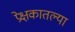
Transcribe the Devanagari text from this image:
प्रेक्षकातल्या